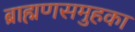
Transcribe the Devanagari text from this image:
ब्राह्मणसमुहका